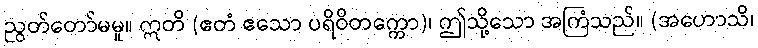
ညွတ်တော်မမူ။ ဣတိ (ဧတံ ဧသော ပရိဝိတက္ကော)၊ ဤသို့သော အကြံသည်။ (အဟောသိ၊